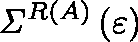
{ \mathit { \Sigma } } ^ { R \left( A \right) } \left( \varepsilon \right)